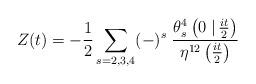
LaTeX: \begin{align*}Z(t) = -{1\over 2} \sum_{s=2,3,4} (-)^s\; {\theta^{4}_s\left(0 \left.\right|{it\over 2}\right) \over \eta^{12}\left({it\over 2}\right)}\end{align*}